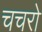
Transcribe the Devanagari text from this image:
चचरो